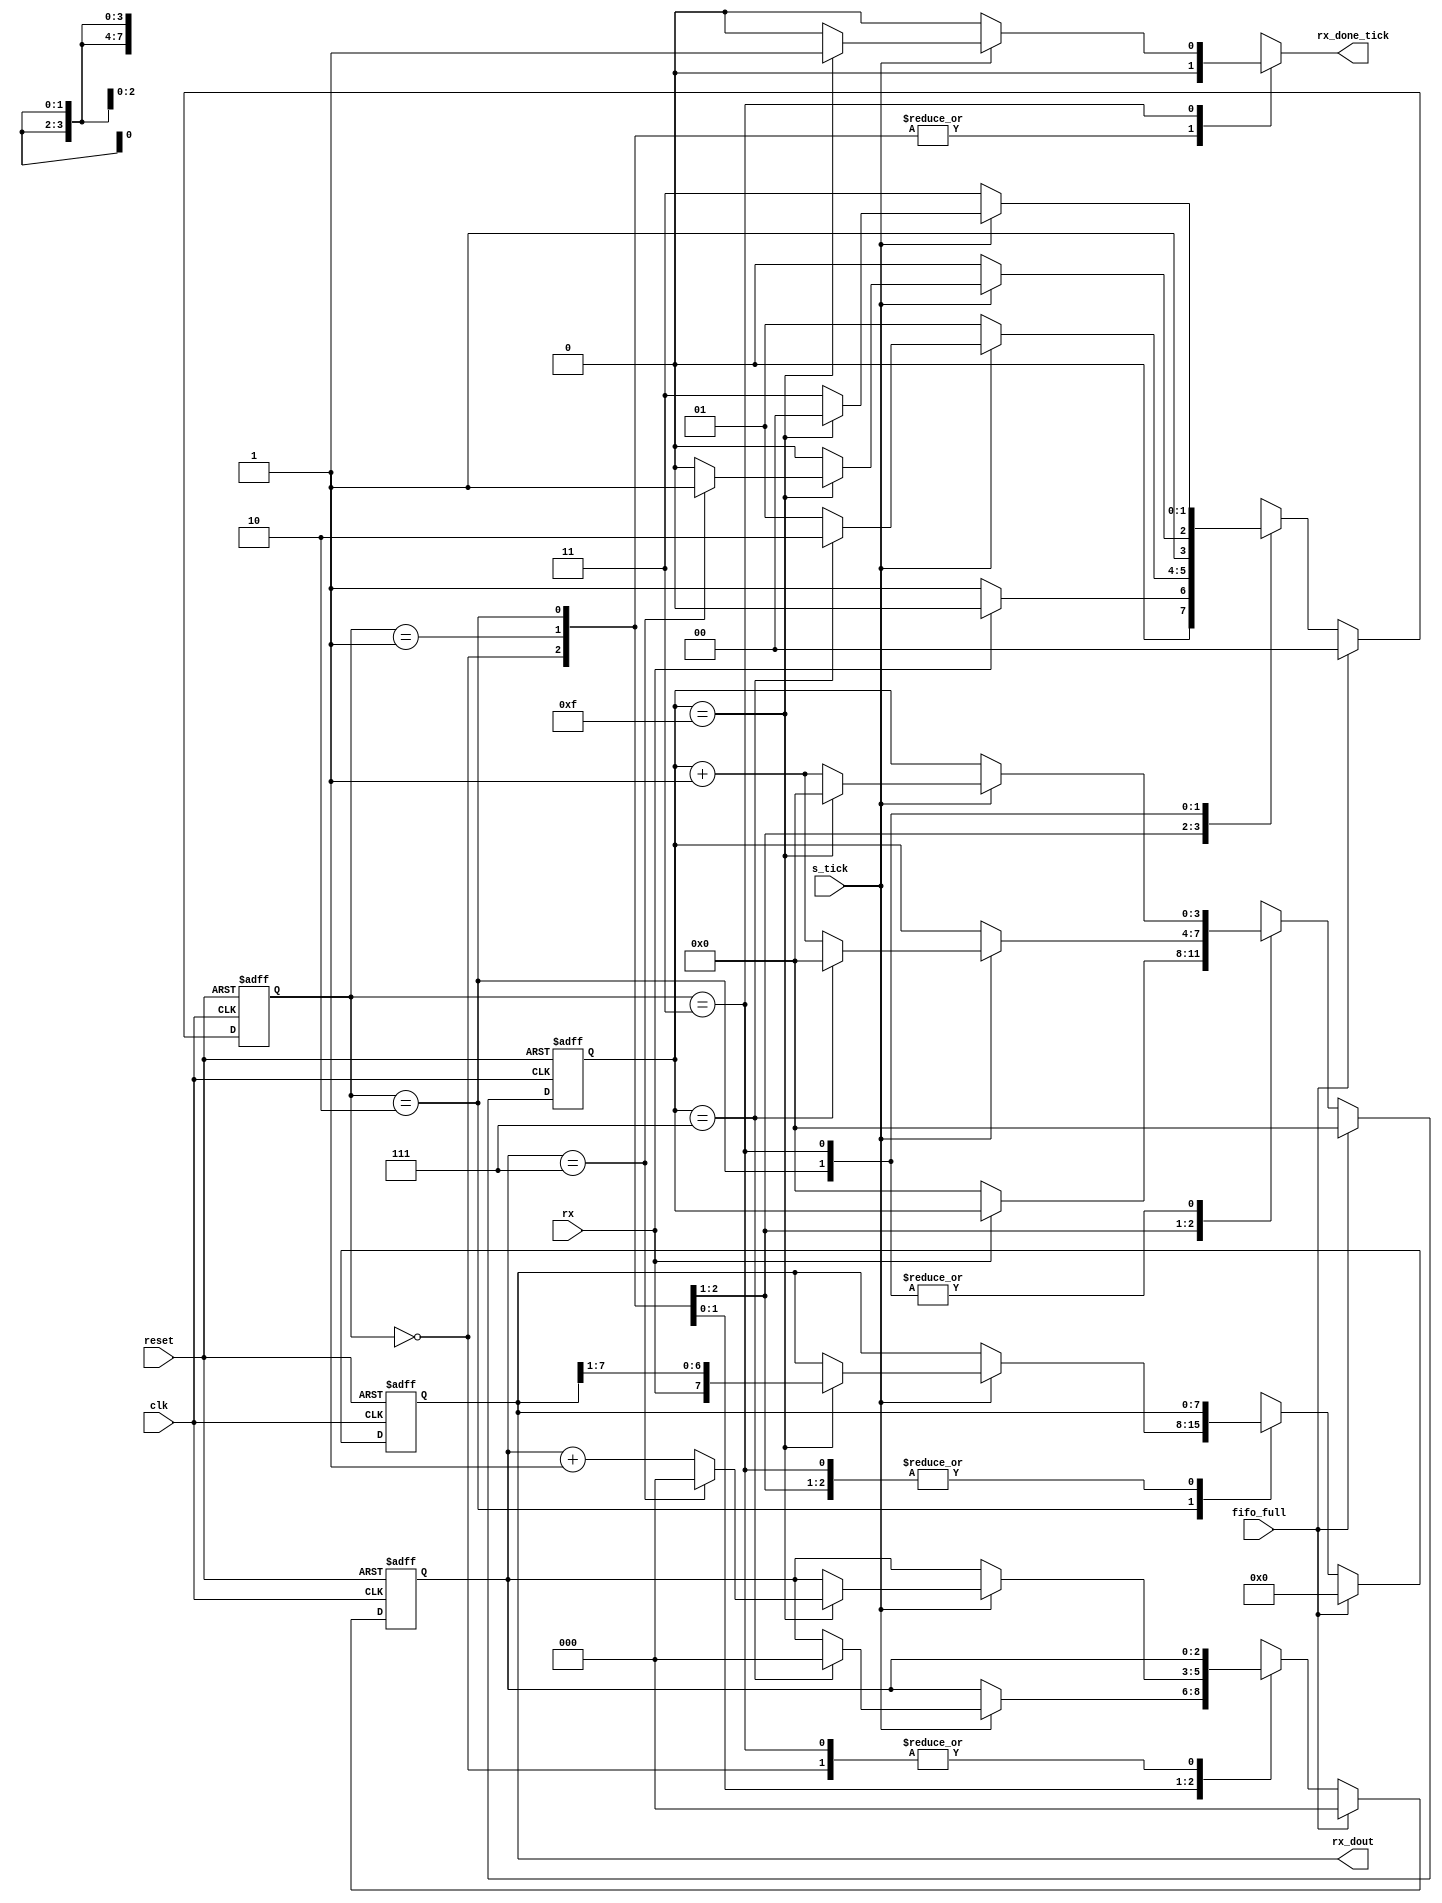
`timescale 1ns / 1ps
//////////////////////////////////////////////////////////////////////////////////
// Company: 
// Engineer: 
// 
// Design Name: 
// Module Name: receiver
// Project Name: 
// Target Devices: 
// Tool Versions: 
// Description: 
// 
// Dependencies: 
// 
// Revision:
// Revision 0.01 - File Created
// Additional Comments:
// 
//////////////////////////////////////////////////////////////////////////////////


module receiver#(
    parameter n = 8)(
    input clk, reset,
    input rx,
    input fifo_full,
    input s_tick,
    output reg rx_done_tick,
    output [n-1 : 0] rx_dout
    );
    
    reg [3:0] ticks_next, ticks_reg;
    reg [2:0] nbits_next, nbits_reg;
    reg [n-1 : 0] data_next, data_reg;
    reg [1:0] curr_state, next_state;
    localparam idle = 2'b00;
    localparam start = 2'b01;
    localparam data = 2'b10;
    localparam stop = 2'b11;
    
    always@(posedge clk, posedge reset)begin
        if(reset)begin
            curr_state <= 2'b00;
            ticks_reg <= 4'b0;
            nbits_reg <= 3'b0;
            data_reg <= 'b0;
        end
        else if(fifo_full)begin
            curr_state <= 2'b00;
            ticks_reg <= 4'b0;
            nbits_reg <= 3'b0;
            data_reg <= 'b0;
        end
        else begin
            curr_state <= next_state;
            ticks_reg <= ticks_next;
            nbits_reg <= nbits_next;
            data_reg <= data_next;
        end
    end
    
    always@(*)begin
        next_state = curr_state;
        rx_done_tick = 1'b0;
        ticks_next = ticks_reg;
        nbits_next = nbits_reg;
        data_next = data_reg;
        
        case(curr_state)
            idle: if(rx)
                    next_state = idle;
                  else begin
                    next_state = start;
                    ticks_next = 0;
                  end
                   
            start: begin
                    if(s_tick)begin
                        if(ticks_reg == 7)begin
                            next_state = data;
                            ticks_next = 0;
                            nbits_next = 0;
                        end
                        else begin
                            ticks_next = ticks_reg + 1;
                            next_state = start;
                        end
                    end
                    else begin
                        ticks_next = ticks_reg;
                        next_state = start;
                    end
            end
                    
            data: begin
                    if(s_tick)begin
                        if(ticks_reg == 15)begin
                            data_next = {rx, data_reg[n-1 : 1]};
                            ticks_next = 0;
                            if(nbits_reg == (n-1))begin
                                nbits_next = 0;
                                next_state = stop;
                            end
                            else begin
                                nbits_next = nbits_reg + 1;
                                next_state = data;
                            end
                        end
                        else begin
                            ticks_next = ticks_reg +1;
                            next_state = data;
                        end   
                    end    
                    else begin
                        ticks_next = ticks_reg;
                        next_state = data;
                    end
            end
            
            stop: begin
                    if(s_tick)begin
                        if(ticks_reg == 15)begin
                            next_state = idle;
                            ticks_next = 0;
                            rx_done_tick = 1;
                        end
                        else begin
                            ticks_next = ticks_reg + 1;
                            next_state = stop; 
                        end
                    end
                    else begin
                        ticks_next = ticks_reg;
                        next_state = stop; 
                    end
            end
            
            default: next_state = curr_state;
        endcase
    end
    assign rx_dout = data_reg;
endmodule